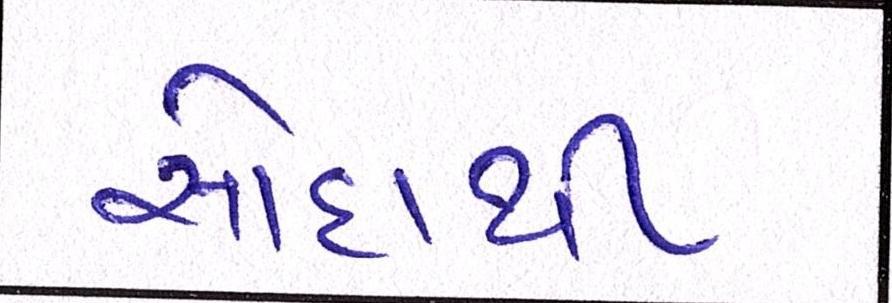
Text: સોદાથી